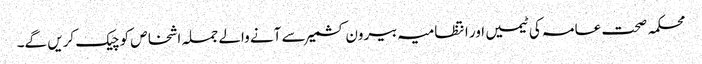
محکمہ صحت عامہ کی ٹیمیں اور انتظامیہ بیرون کشمیر سے آنے والے جملہ اشخاص کو چیک کریں گے۔